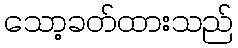
သော့ခတ်ထားသည်